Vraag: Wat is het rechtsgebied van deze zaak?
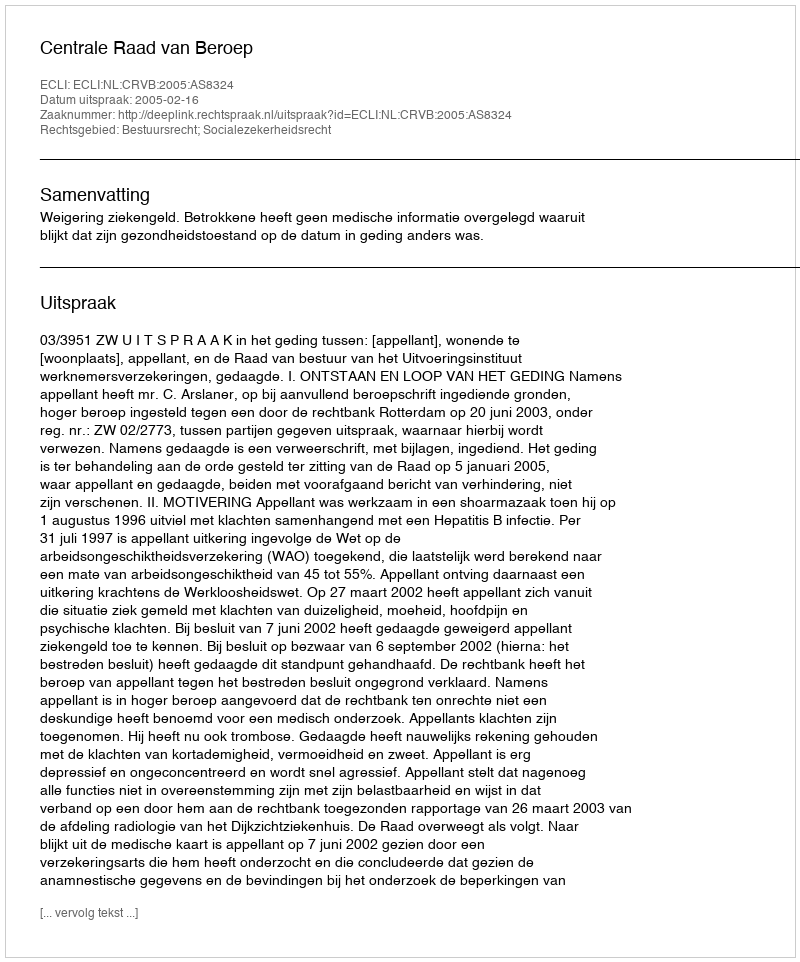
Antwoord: Bestuursrecht; Socialezekerheidsrecht